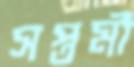
সপ্তমী